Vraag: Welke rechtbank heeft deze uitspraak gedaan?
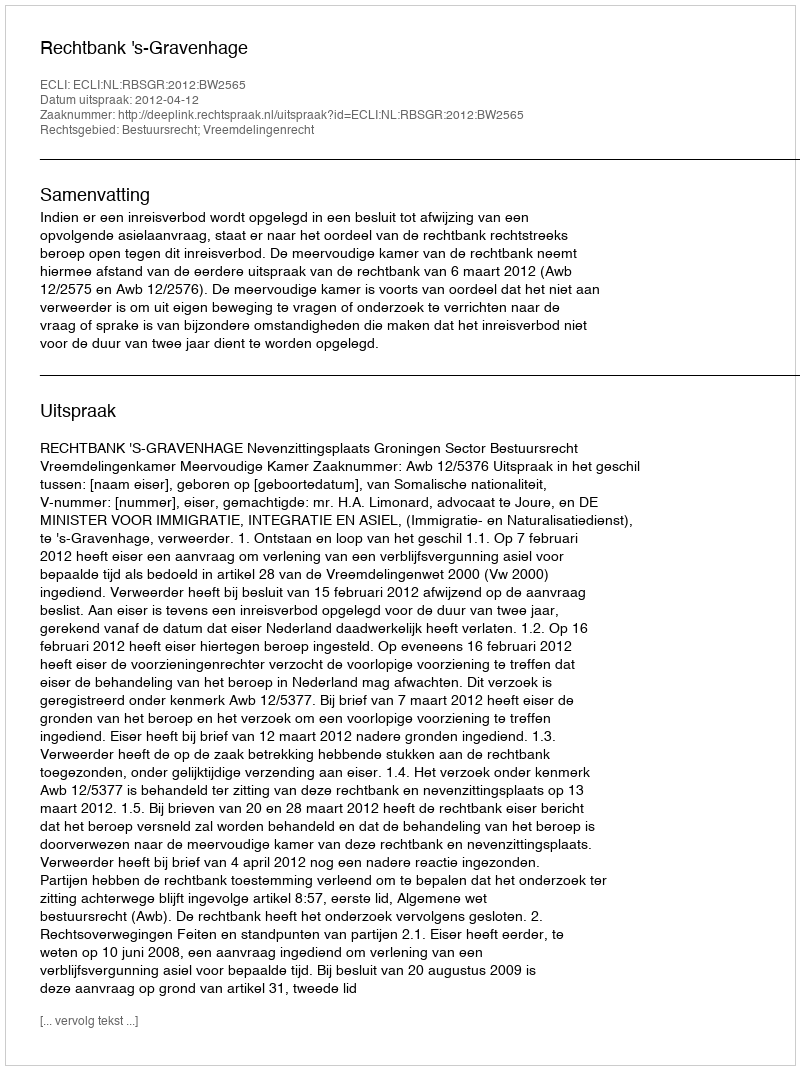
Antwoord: Rechtbank 's-Gravenhage